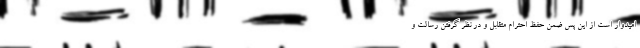
امیدوار است از این پس ضمن حفظ احترام متقابل و در نظر گرفتن رسالت و